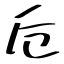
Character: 卮